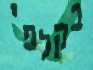
בקלפי